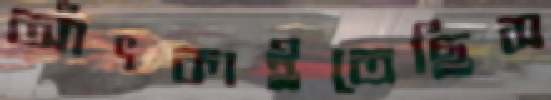
আঁৎকাইতেছিস